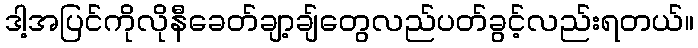
ဒါ့အပြင်ကိုလိုနီခေတ်ချာ့ချ်တွေလည်ပတ်ခွင့်လည်းရတယ်။